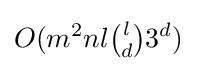
O(m^{2}nl{\tbinom {l}{d}}3^{d})